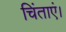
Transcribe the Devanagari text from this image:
चिंताएं।